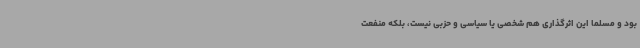
بود و مسلماً این اثرگذاری هم شخصی یا سیاسی و حزبی نیست، بلکه منفعت